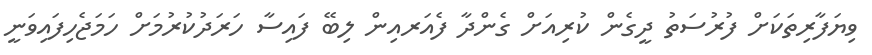
ވިޔަފާރިތަކަށް ފުރުސަތު ދީގެން ކުރިއަށް ގެންދާ ފެއަރއިން ލިބޭ ފައިސާ ހަރަދުކުރުމަށް ހަމަޖެހިފައިވަނީ